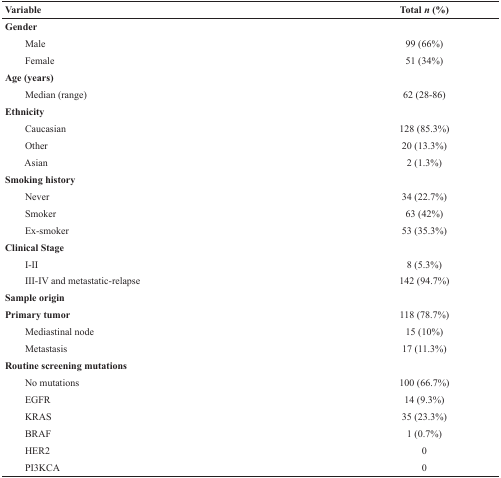
<table><thead><tr><td><b>Variable</b></td><td><b>Total <i>n</i> (%)</b></td></tr></thead><tbody><tr><td><b>Gender</b></td><td></td></tr><tr><td>Male</td><td>99 (66%)</td></tr><tr><td>Female</td><td>51 (34%)</td></tr><tr><td><b>Age (years)</b></td><td></td></tr><tr><td>Median (range)</td><td>62 (28-86)</td></tr><tr><td><b>Ethnicity</b></td><td></td></tr><tr><td>Caucasian</td><td>128 (85.3%)</td></tr><tr><td>Other</td><td>20 (13.3%)</td></tr><tr><td>Asian</td><td>2 (1.3%)</td></tr><tr><td><b>Smoking history</b></td><td></td></tr><tr><td>Never</td><td>34 (22.7%)</td></tr><tr><td>Smoker</td><td>63 (42%)</td></tr><tr><td>Ex-smoker</td><td>53 (35.3%)</td></tr><tr><td><b>Clinical Stage</b></td><td></td></tr><tr><td>I-II</td><td>8 (5.3%)</td></tr><tr><td>III-IV and metastatic-relapse</td><td>142 (94.7%)</td></tr><tr><td><b>Sample origin</b></td><td></td></tr><tr><td><b>Primary tumor</b></td><td>118 (78.7%)</td></tr><tr><td>Mediastinal node</td><td>15 (10%)</td></tr><tr><td>Metastasis</td><td>17 (11.3%)</td></tr><tr><td><b>Routine screening mutations</b></td><td></td></tr><tr><td>No mutations</td><td>100 (66.7%)</td></tr><tr><td>EGFR</td><td>14 (9.3%)</td></tr><tr><td>KRAS</td><td>35 (23.3%)</td></tr><tr><td>BRAF</td><td>1 (0.7%)</td></tr><tr><td>HER2</td><td>0</td></tr><tr><td>PI3KCA</td><td>0</td></tr></tbody></table>